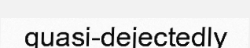
quasi-dejectedly